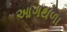
આગથળા